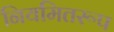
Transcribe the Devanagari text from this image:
नियमितरूप